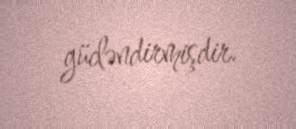
gücləndirmişdir.